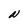
Character: N